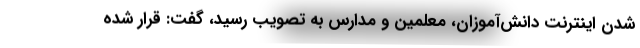
شدن اینترنت دانش‌آموزان، معلمین و مدارس به تصویب رسید، گفت: قرار شده